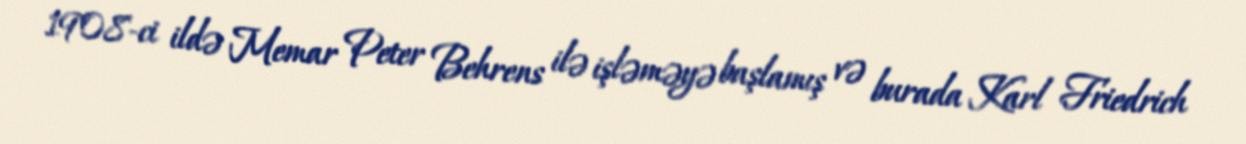
1908-ci ildə Memar Peter Behrens ilə işləməyə başlamış və burada Karl Friedrich